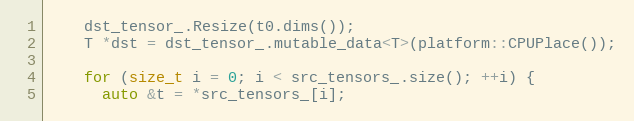
Language: C
    dst_tensor_.Resize(t0.dims());
    T *dst = dst_tensor_.mutable_data<T>(platform::CPUPlace());

    for (size_t i = 0; i < src_tensors_.size(); ++i) {
      auto &t = *src_tensors_[i];